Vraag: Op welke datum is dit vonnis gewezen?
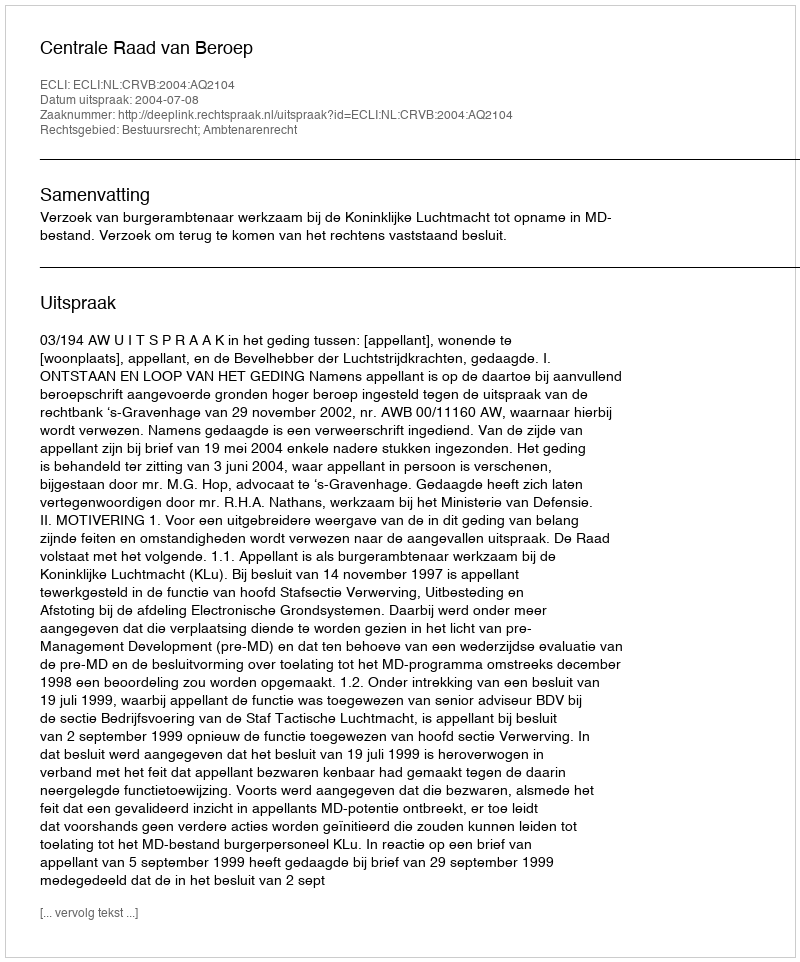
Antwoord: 2004-07-08